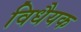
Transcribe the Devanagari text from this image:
विधैयक